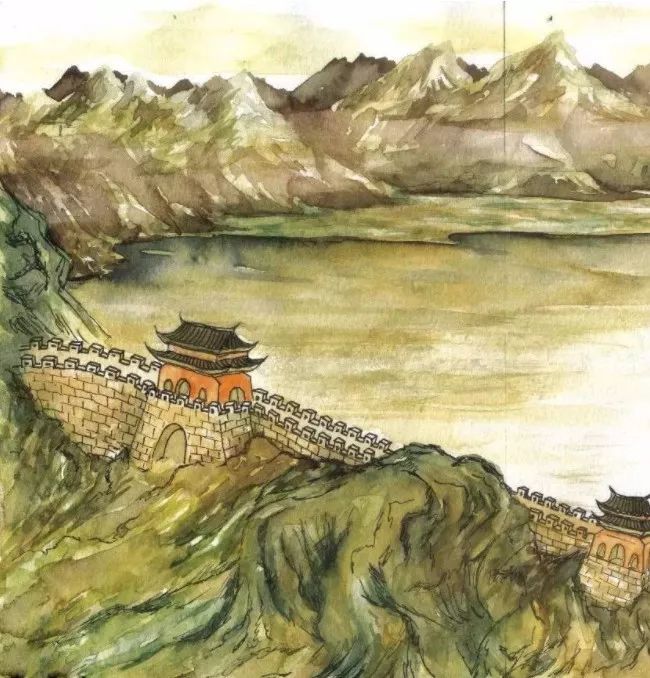
玉门山嶂几千重，山北山南总是烽。